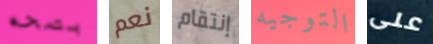
بصحه نعم إنتقام التوجيه على